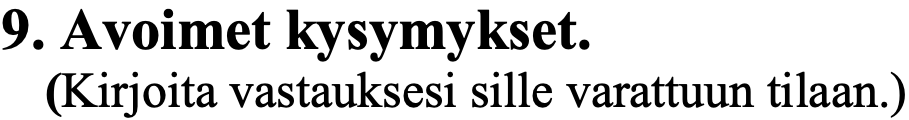
9. Avoimet kysymykset. (Kirjoita vastauksesi sille varattuun tilaan.)